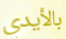
بالأيدي